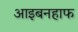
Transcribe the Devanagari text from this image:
आइबनहाफ